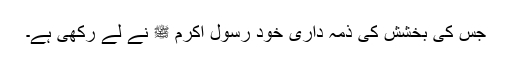
جس کی بخشش کی ذمہ داری خود رسول اکرم ﷺ نے لے رکھی ہے۔